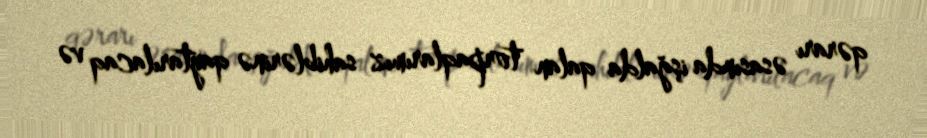
qərarı əsasında işğalda qalan torpaqlarımız sahiblərinə qaytarılacaq və